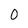
Character: 0